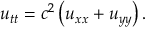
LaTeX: u _ { t t } = c ^ { 2 } \left( u _ { x x } + u _ { y y } \right) .